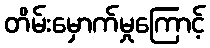
တိမ်းမှောက်မှုကြောင့်